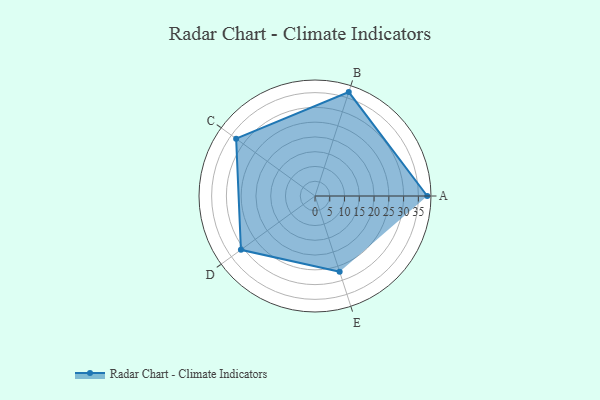
{"axis": {"x": "Skill", "y": "Score"}, "legend": ["Profile"], "data": [{"x": "A", "y": 38.0, "type": "Profile"}, {"x": "B", "y": 37.0, "type": "Profile"}, {"x": "C", "y": 33.0, "type": "Profile"}, {"x": "D", "y": 31.0, "type": "Profile"}, {"x": "E", "y": 27.0, "type": "Profile"}]}